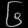
Digit: ၆